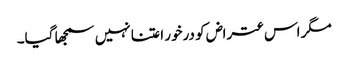
مگر اس عتراض کو درخور اعتنا نہیں سمجھا گیا۔